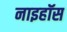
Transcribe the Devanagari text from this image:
नाइहॉस